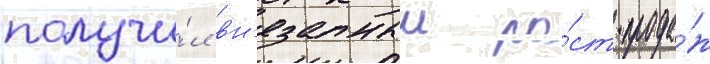
получи́л вн'езапныи ро́ст прода́ж